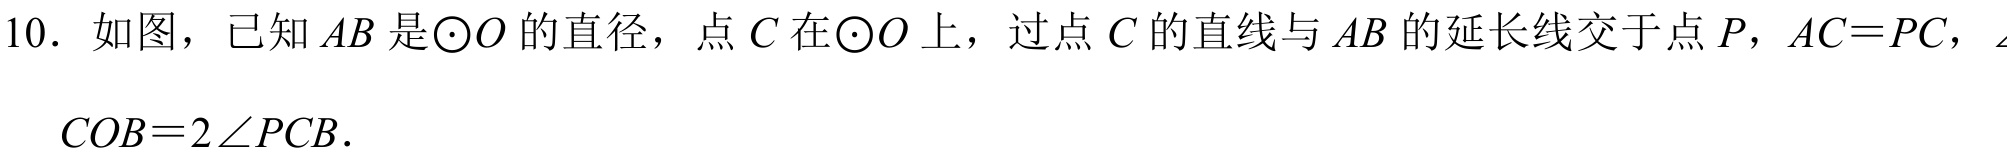
10. 如图，已知 \(AB\) 是\(\odot O\) 的直径，点 \(C\) 在\(\odot O\) 上，过点 \(C\) 的直线与 \(AB\) 的延长线交于点 \(P\)，\(AC = PC\)，\(\angle COB = 2\angle PCB\).